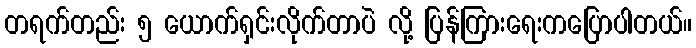
တရက်တည်း ၅ ယောက်ရှင်းလိုက်တာပဲ လို့ ပြန်ကြားရေးကပြောပါတယ်။